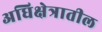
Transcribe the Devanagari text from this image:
अधिक्षेत्रातील